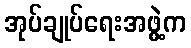
အုပ်ချုပ်ရေးအဖွဲ့က